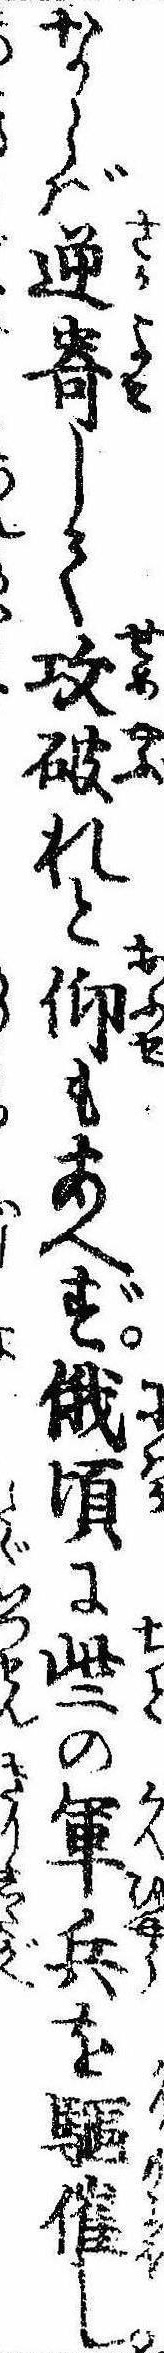
ならば逆寄して攻破れと仰もあへず俄頃に些の軍兵を駆催し